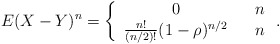
\begin{align*}E(X-Y)^{n}=\left\{ \begin{array}{ccc}0 & & n \\ \frac{n!}{(n/2)!}(1-\rho )^{n/2} & & n\end{array}\right. . \end{align*}